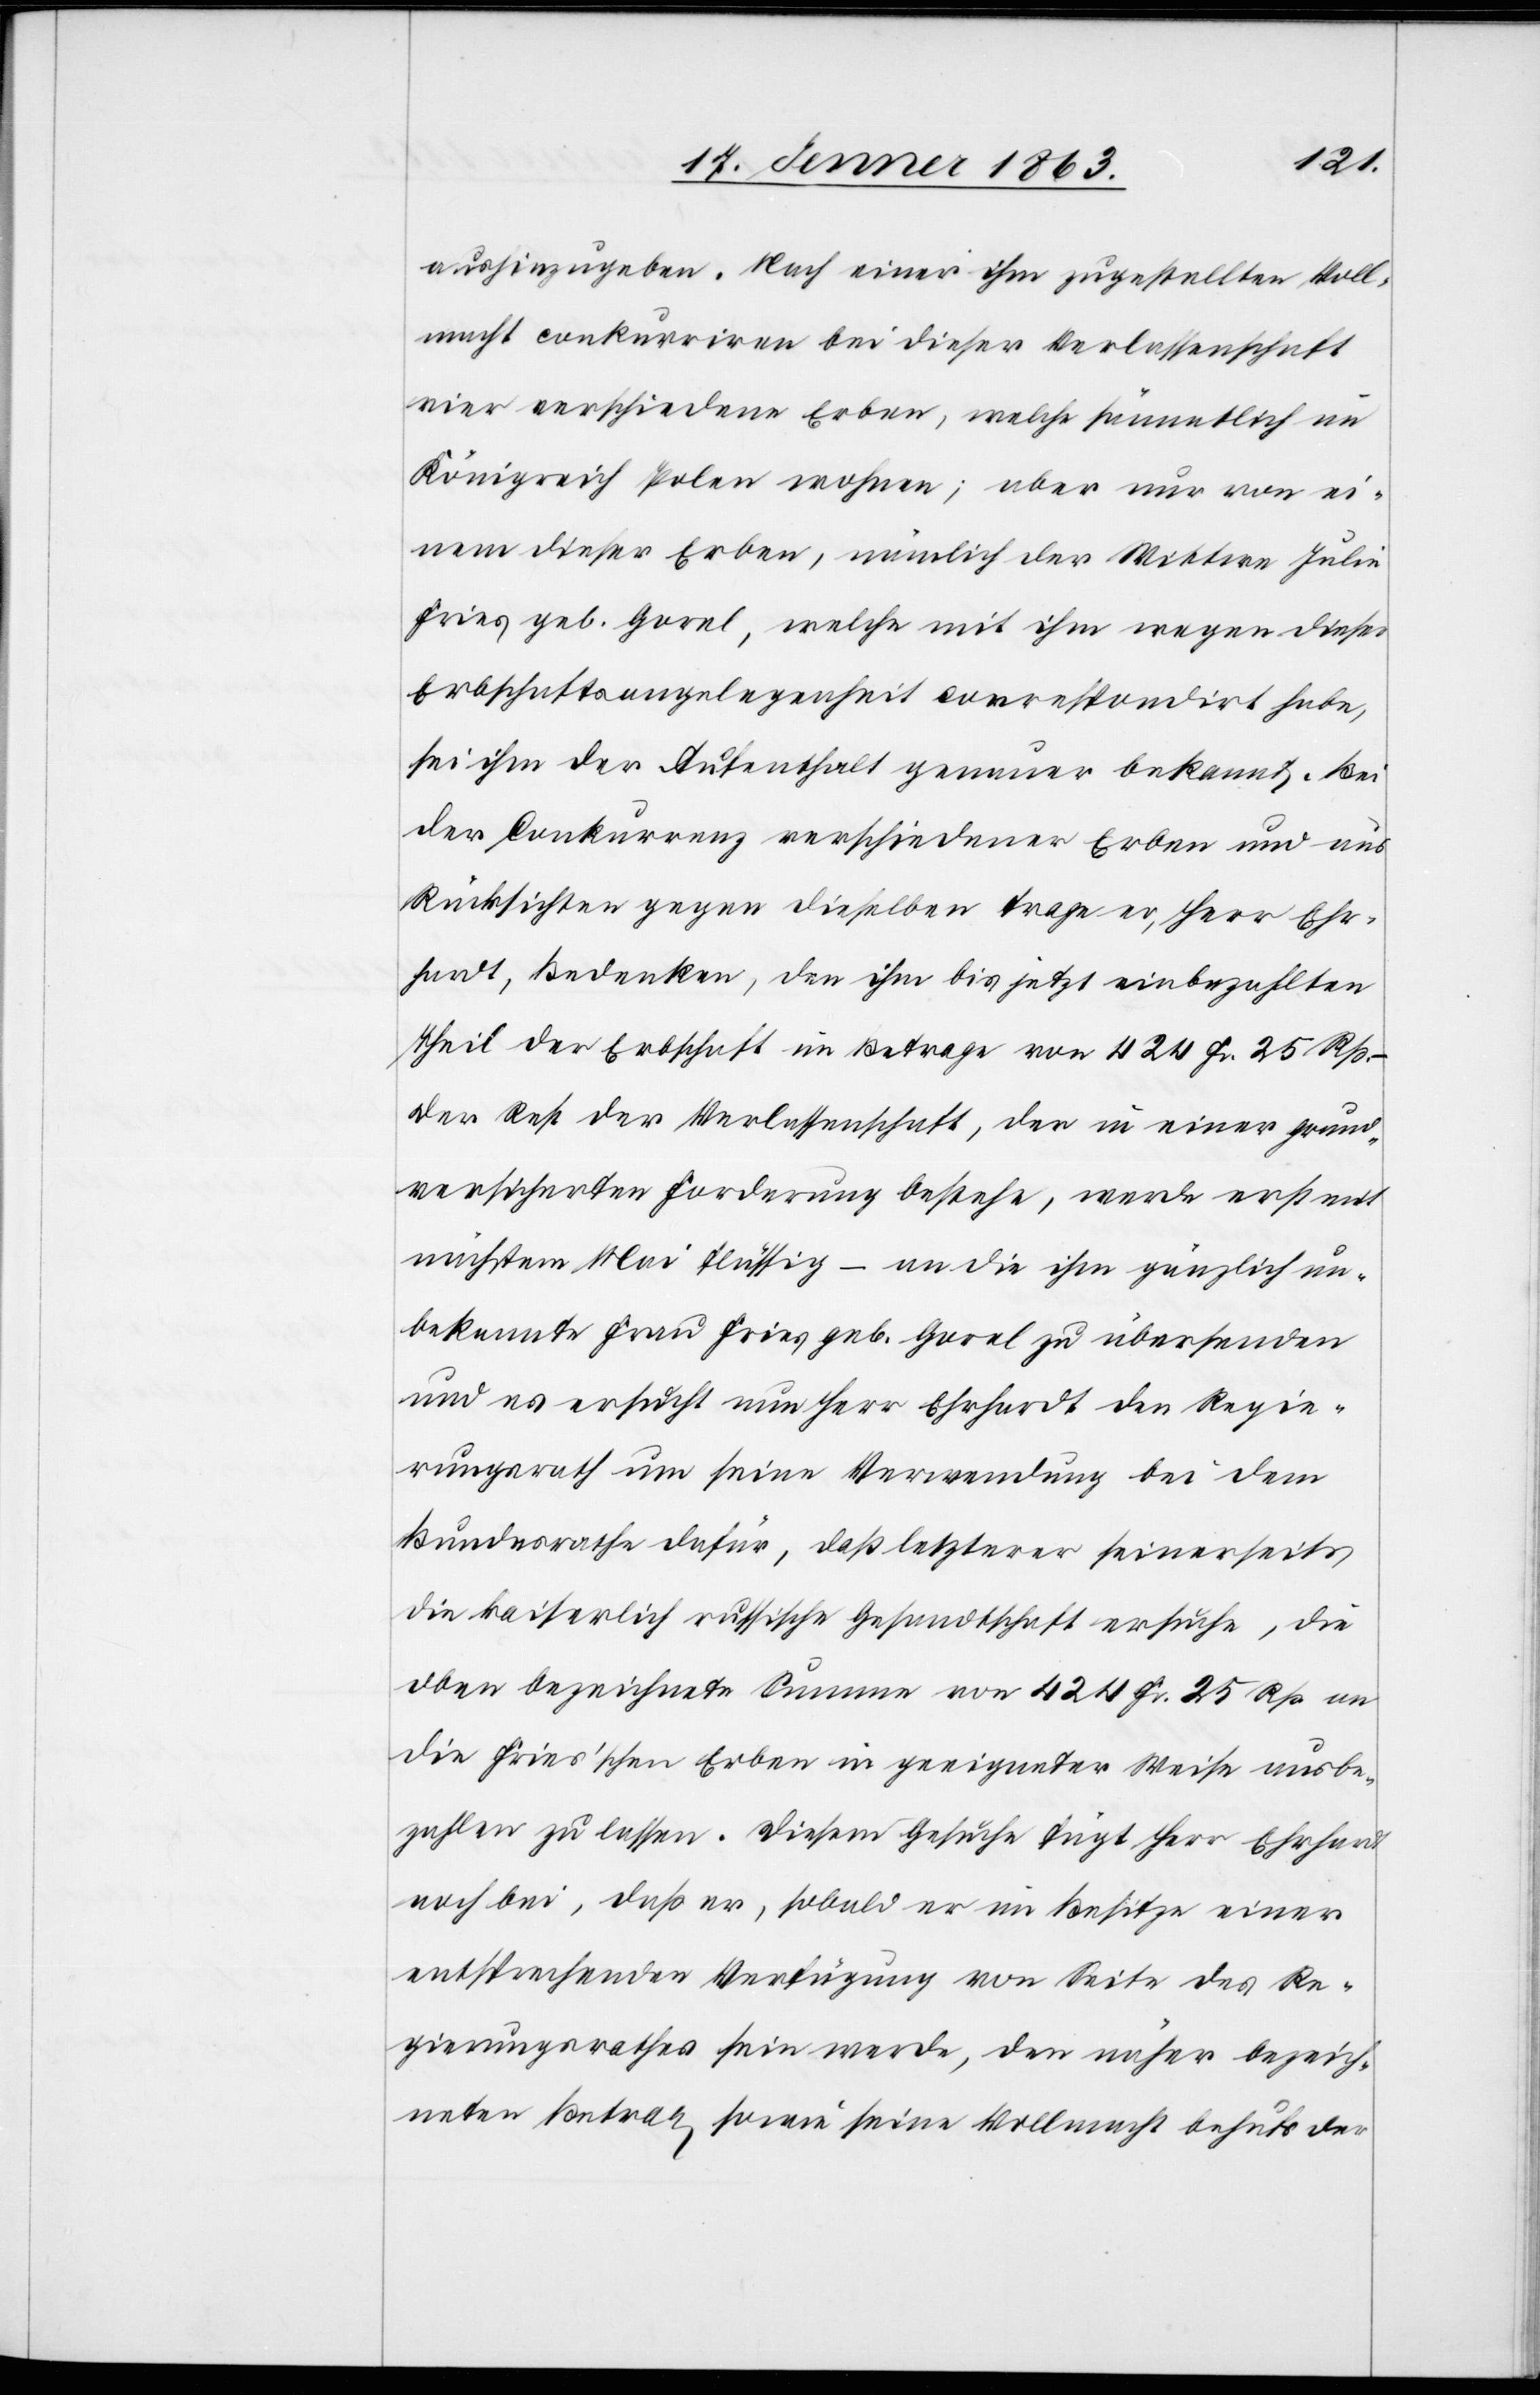
aushinzugeben. Nach einer ihm zugestellten Voll¬
macht conkurriren bei dieser Verlassenschaft
vier verschiedene Erben, welche sämmtlich im
Königreich Polen wohnen; aber nur von ei¬
nem dieser Erben, nämlich der Wittwe Julia
Fries geb. Gorel, welche mit ihm wegen dieser
Erbschaftsangelegenheit correspondirt habe,
sei ihm der Aufenthalt genauer bekannt. Bei
der Conkurrenz verschiedener Erben und aus
Rücksichten gegen dieselben trage er, Herr Er¬
hardt, Bedenken, den ihm bis jetzt einbezahlten
Theil der Erbschaft im Betrage von 424 Fr. 25 Rp. –
der Rest der Verlassenschaft, der in einer grund¬
versicherten Forderung bestehe, werde erst mit
nächstem Mai flüssig – an die ihm gänzlich un¬
bekannte Frau Fries geb. Gorel zu übersenden
und es ersucht nun Herr Erhardt den Regie¬
rungsrath um seine Verwendung bei dem
Bundesrathe dafür, daß letzterer seinerseits
die kaiserlich russische Gesandtschaft ersuche, die
oben bezeichnete Summe von 424 Fr. 25 Rp. an
die Fries'schen Erben in geeigneter Weise ausbe¬
zahlen zu lassen. Diesem Gesuche fügt Herr Ehrhardt
noch bei, daß er, sobald er im Besitze einer
entsprechenden Verfügung von Seite des Re¬
gierungsrathes sein werde, den näher bezeich¬
neten Betrag sowie seine Vollmacht behufs der